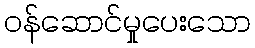
ဝန်ဆောင်မှုပေးသော